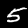
Digit: 5